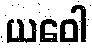
ယဝေါ